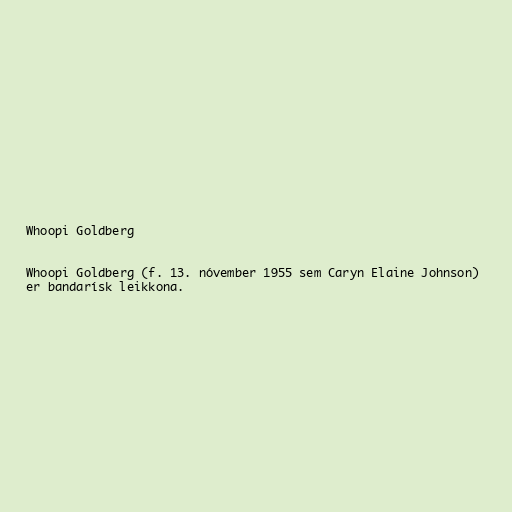
Whoopi Goldberg

Whoopi Goldberg (f. 13. nóvember 1955 sem Caryn Elaine Johnson)
er bandarísk leikkona.